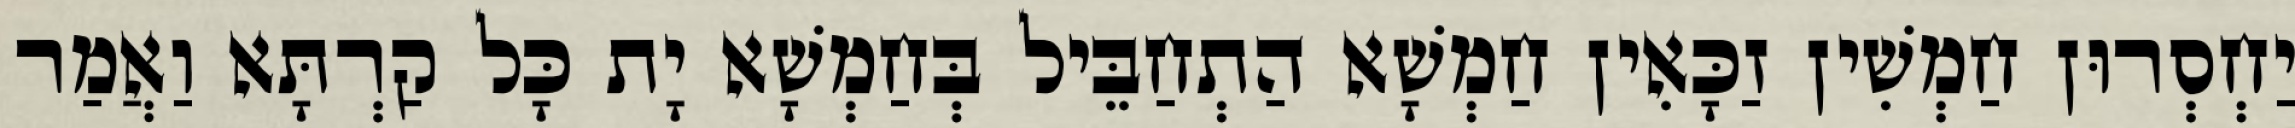
יַחְסְרוּן חַמְשִׁין זַכָּאִין חַמְשָׁא הַתְחַבֵּיל בְּחַמְשָׁא יָת כָּל קַרְתָּא וַאֲמַר